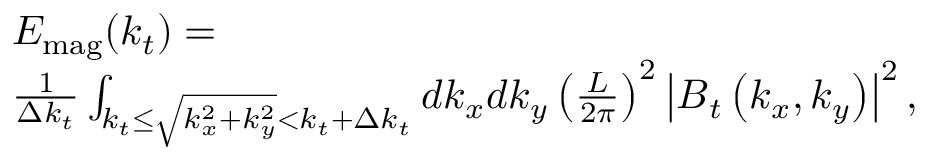
\begin{array} { r l } & { E _ { \mathrm { m a g } } ( k _ { t } ) = } \\ & { \frac { 1 } { \Delta k _ { t } } \int _ { k _ { t } \le \sqrt { k _ { x } ^ { 2 } + k _ { y } ^ { 2 } } < k _ { t } + \Delta k _ { t } } d k _ { x } d k _ { y } \left( \frac { L } { 2 \pi } \right) ^ { 2 } \left| \boldsymbol { B } _ { t } \left( k _ { x } , k _ { y } \right) \right| ^ { 2 } , } \end{array}